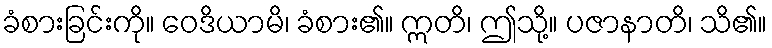
ခံစားခြင်းကို။ ဝေဒိယာမိ၊ ခံစား၏။ ဣတိ၊ ဤသို့။ ပဇာနာတိ၊ သိ၏။